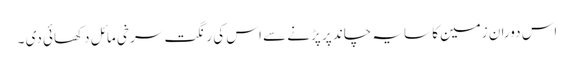
اس دوران زمین کا سایہ چاند پر پڑنے سے اس کی رنگت سرخی مائل دکھائی دی ۔